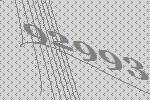
92993